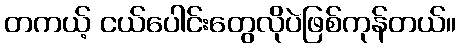
တကယ့် ငယ်ပေါင်းတွေလိုပဲဖြစ်ကုန်တယ်။